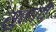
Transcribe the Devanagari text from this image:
सुनावे